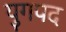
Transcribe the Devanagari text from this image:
युगपद